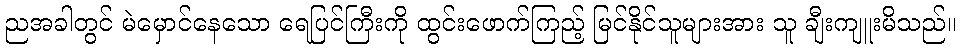
ညအခါတွင် မဲမှောင်နေသော ရေပြင်ကြီးကို ထွင်းဖောက်ကြည့် မြင်နိုင်သူများအား သူ ချီးကျူးမိသည်။